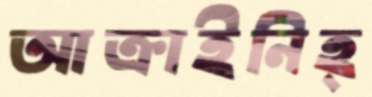
আক্রাইনিহ্